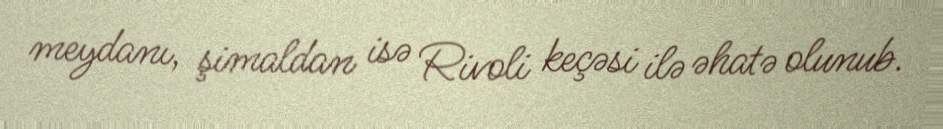
meydanı, şimaldan isə Rivoli keçəsi ilə əhatə olunub.